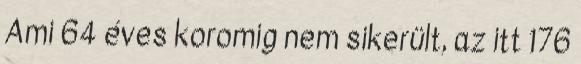
Ami 64 éves koromig nem sikerült, az itt 176